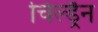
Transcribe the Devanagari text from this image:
चिल्ड्रैन